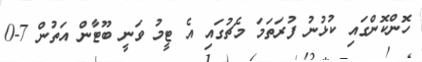
ހޮންކޮންގައި ކުޅުނު ފުރަތަމަ މެޗުގައި އެ ޓީމު ވަނީ ބޫޓާން އަތުން 7-0